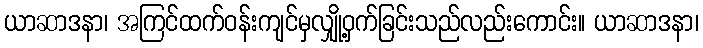
ယာဆာဒနာ၊ အကြင်ထက်ဝန်းကျင်မှလျှို့ဝှက်ခြင်းသည်လည်းကောင်း။ ယာဆာဒနာ၊